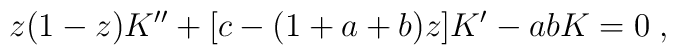
z(1-z)K^{\prime \prime }+[c-(1+a+b)z]K^{\prime }-abK=0\;,